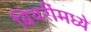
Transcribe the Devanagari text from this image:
बियरींमध्ये